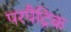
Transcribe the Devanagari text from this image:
परपैट्रिक